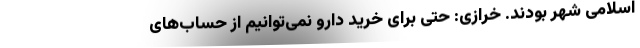
اسلامی شهر بودند. خرازی: حتی برای خرید دارو نمی‌توانیم از حساب‌های